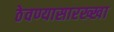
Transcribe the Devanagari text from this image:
ठेवण्यासारख्खा